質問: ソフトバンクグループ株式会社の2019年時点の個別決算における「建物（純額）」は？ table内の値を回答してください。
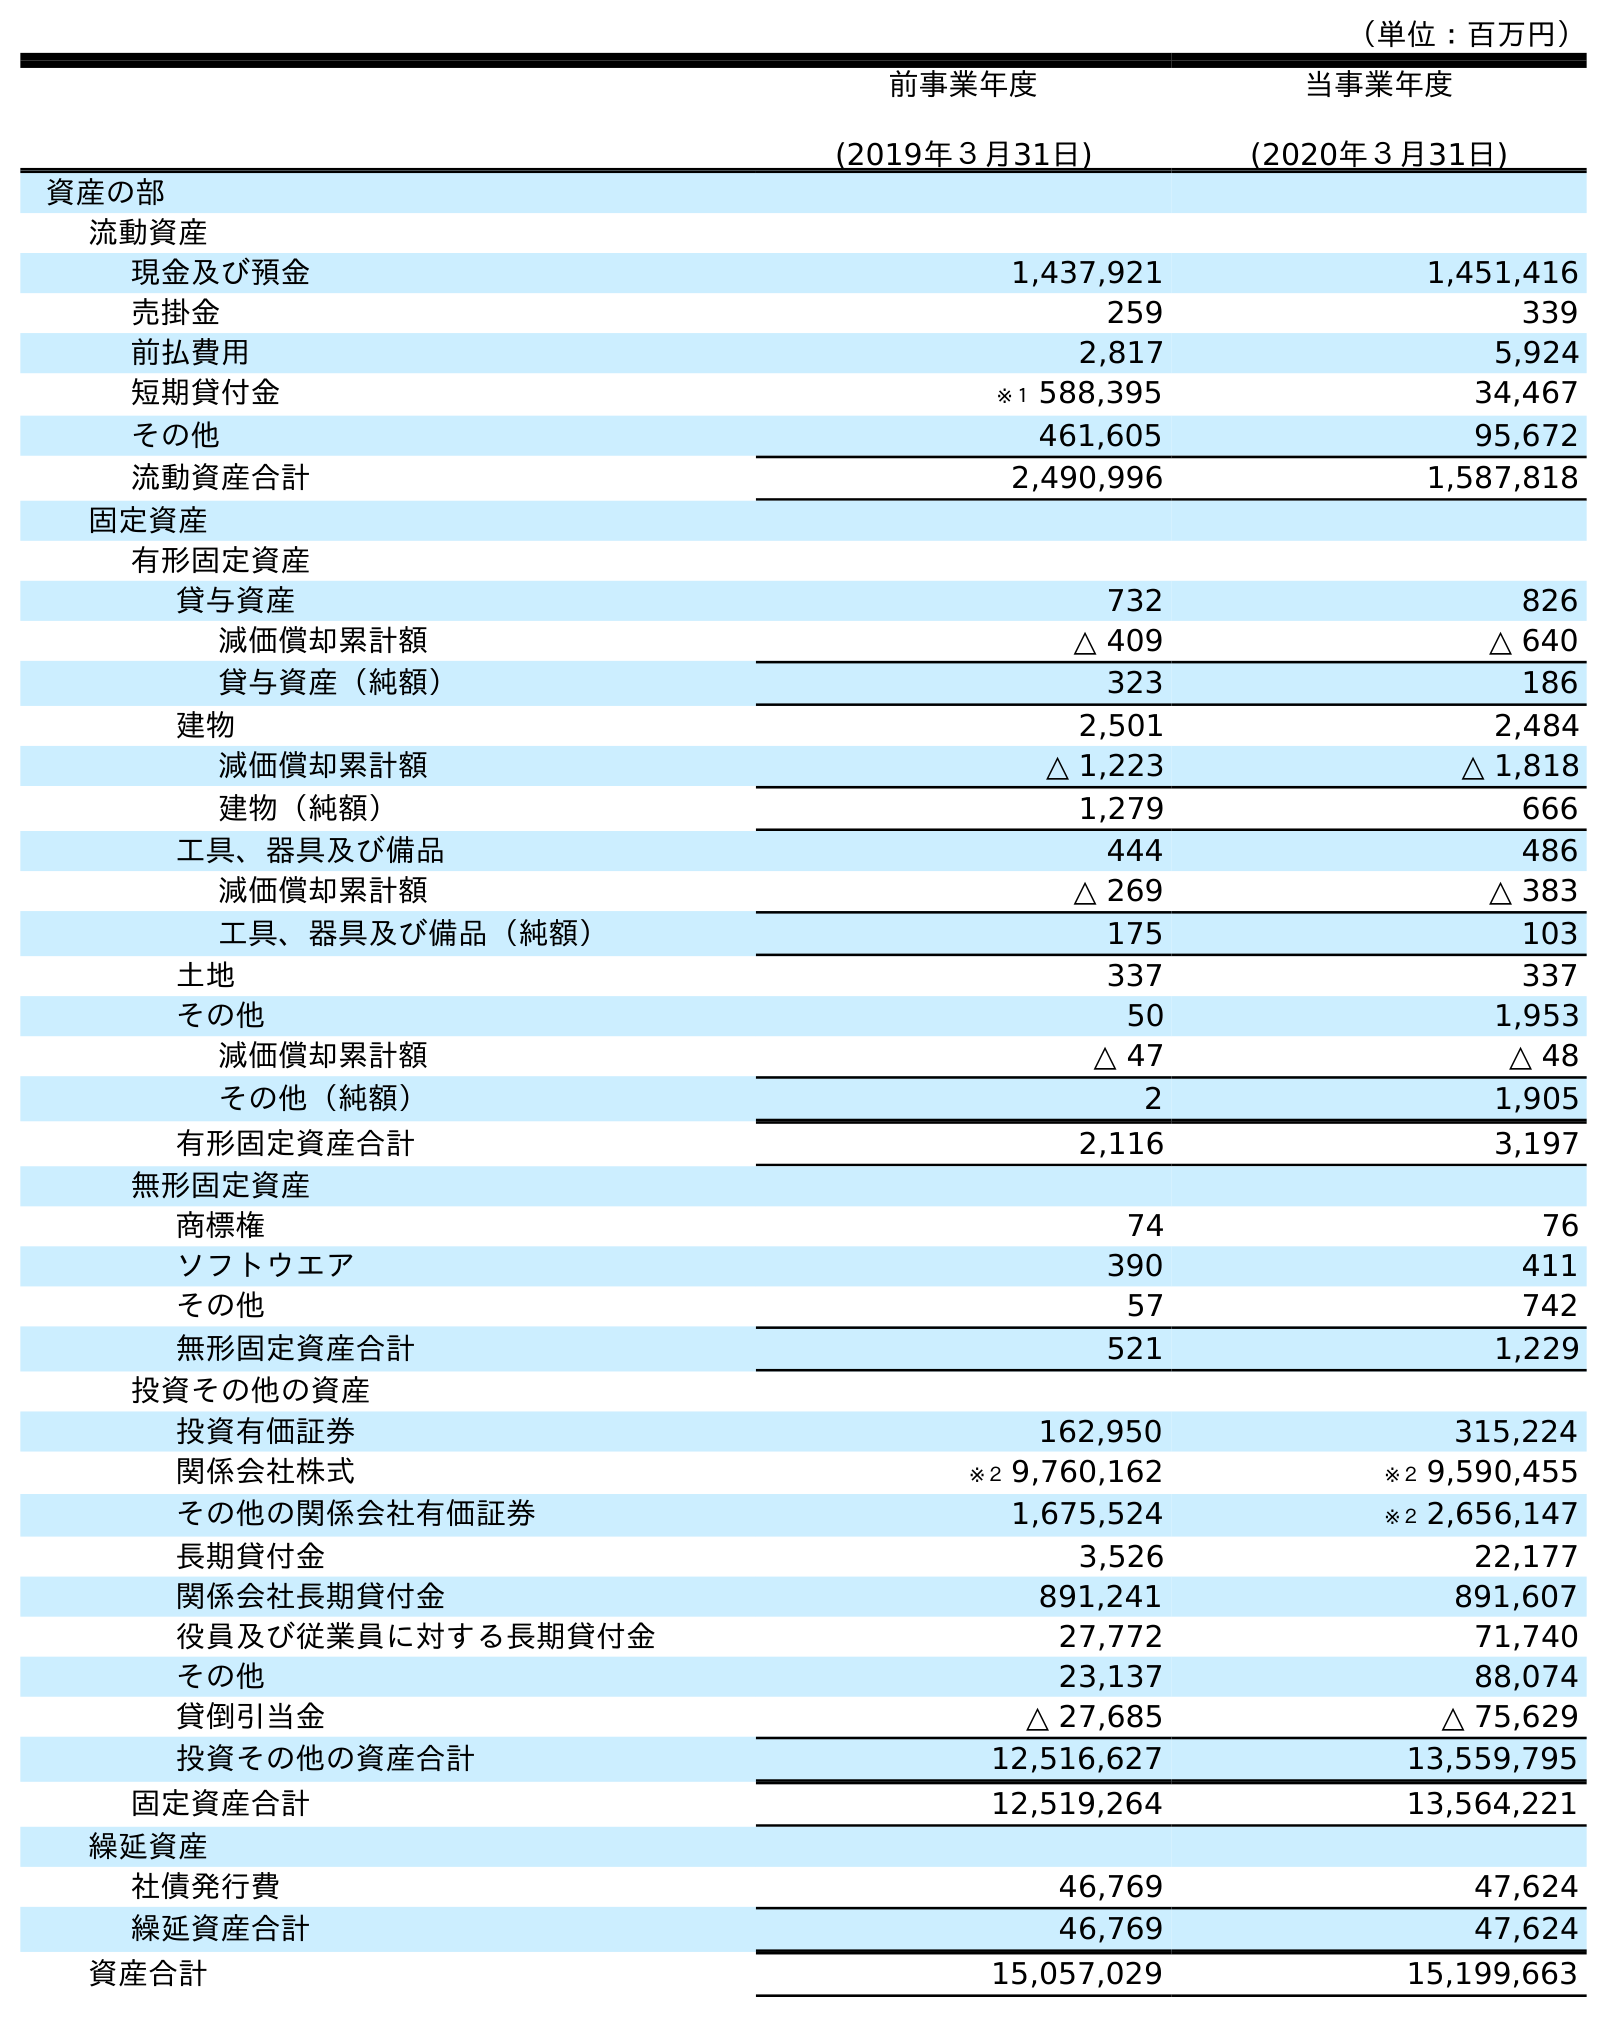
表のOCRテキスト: （単位：百万円） 前事業年度 (2019年３月31日) 当事業年度 (2020年３月31日) 資産の部 流動資産 現金及び預金 1,437,921 1,451,416 売掛金 259 339 前払費用 2,817 5,924 短期貸付金 ※１ 588,395 34,467 その他 461,605 95,672 流動資産合計 2,490,996 1,587,818 固定資産 有形固定資産 貸与資産 732 826 減価償却累計額 △ 409 △ 640 貸与資産（純額） 323 186 建物 2,501 2,484 減価償却累計額 △ 1,223 △ 1,818 建物（純額） 1,279 666 工具、器具及び備品 444 486 減価償却累計額 △ 269 △ 383 工具、器具及び備品（純額） 175 103 土地 337 337 その他 50 1,953 減価償却累計額 △ 47 △ 48 その他（純額） 2 1,905 有形固定資産合計 2,116 3,197 無形固定資産 商標権 74 76 ソフトウエア 390 411 その他 57 742 無形固定資産合計 521 1,229 投資その他の資産 投資有価証券 162,950 315,224 関係会社株式 ※２ 9,760,162 ※２ 9,590,455 その他の関係会社有価証券 1,675,524 ※２ 2,656,147 長期貸付金 3,526 22,177 関係会社長期貸付金 891,241 891,607 役員及び従業員に対する長期貸付金 27,772 71,740 その他 23,137 88,074 貸倒引当金 △ 27,685 △ 75,629 投資その他の資産合計 12,516,627 13,559,795 固定資産合計 12,519,264 13,564,221 繰延資産 社債発行費 46,769 47,624 繰延資産合計 46,769 47,624 資産合計 15,057,029 15,199,663
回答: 1,279